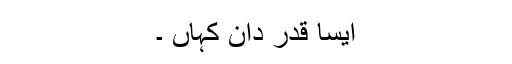
ایسا قدر دان کہاں ۔